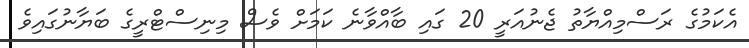
އެކަމުގެ ރަސްމިއްޔާތު ޖެނުއަރީ 20 ގައި ބާއްވާނެ ކަމަށް ވެސް މިނިސްޓްރީގެ ބަޔާނުގައިވެ